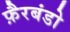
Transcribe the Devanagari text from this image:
फ़ैरबंडो